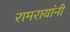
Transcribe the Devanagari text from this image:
रामरायांनी